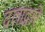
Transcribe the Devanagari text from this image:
दलाद्वारे